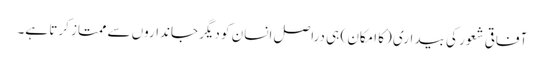
آفاقی شعور کی بیداری (کا امکان ) ہی دراصل انسان کو دیگر جانداروں سے ممتاز کرتا ہے۔